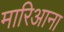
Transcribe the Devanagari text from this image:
मारिआना